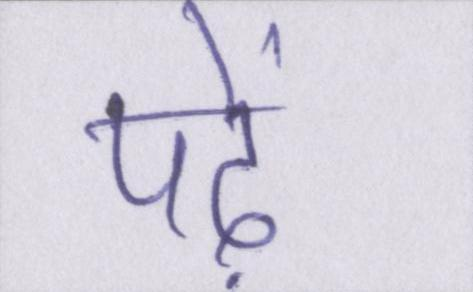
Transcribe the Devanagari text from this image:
पढ़ें